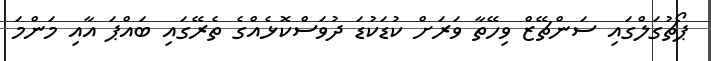
ޕޯޗުގަލްގައި ސަންޗޭޒް ވިހޭތާ ވަރަށް ކުޑަކުޑަ ދުވަސްކޮޅެއްގެ ތެރޭގައި ބައްޕަ އާއި މަންމަ